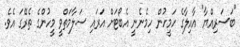
"ބަސަރިއްޔާ" އާއިލާގެ ހަމީހުން ހިމެނެނީ އެބޯޓަށް އަރައި ސަލާމަތްވީ މީހުންގެ ތެރޭގަ އެވެ.